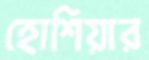
হোশিয়ার